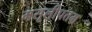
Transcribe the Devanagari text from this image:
मसूलीपत्तम